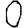
Digit: 0